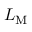
L _ { \mathrm { M } }